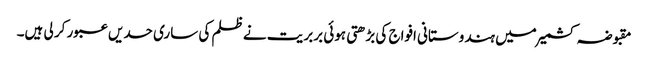
مقبوضہ کشمیر میں ہندوستانی افواج کی بڑھتی ہوئی بربریت نے ظلم کی ساری حدیں عبور کر لی ہیں۔